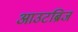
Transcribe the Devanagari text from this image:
आउटब्रिज